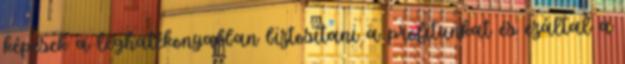
képesek a leghatékonyabban biztosítani a profitunkat és ezáltal a